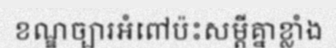
ខណ្ឌច្បារអំពៅប៉ះសម្តីគ្នាខ្លាំង